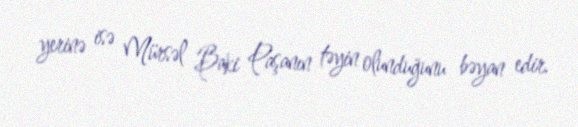
yerinə isə Mürsəl Baki Paşanın təyin olunduğunu bəyan edir.